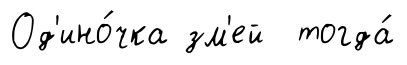
Од'ино́чка зм'ей тогда́